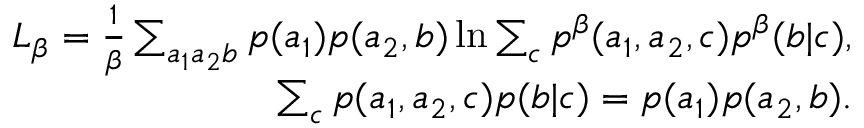
\begin{array} { r l r } & { } & { L _ { \beta } = \frac { 1 } { \beta } \sum _ { a _ { 1 } a _ { 2 } b } p ( a _ { 1 } ) p ( a _ { 2 } , b ) \ln \sum _ { c } p ^ { \beta } ( a _ { 1 } , a _ { 2 } , c ) p ^ { \beta } ( b | c ) , } \\ & { } & { \sum _ { c } p ( a _ { 1 } , a _ { 2 } , c ) p ( b | c ) = p ( a _ { 1 } ) p ( a _ { 2 } , b ) . } \end{array}